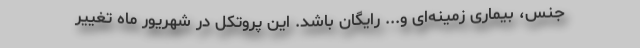
جنس، بیماری زمینه‌ای و... رایگان باشد. این پروتکل در شهریور ماه تغییر